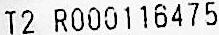
T2 R000116475